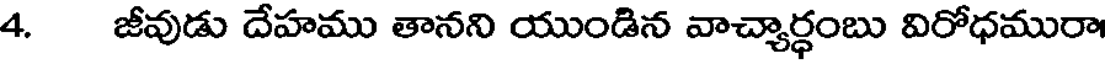
4. జీవుడు దేహము తానని యుండిన వాచ్యార్ధంబు విరోధమురా